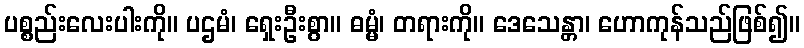
ပစ္စည်းလေးပါးကို။ ပဌမံ၊ ရှေးဦးစွာ။ ဓမ္မံ၊ တရားကို။ ဒေသေန္တာ၊ ဟောကုန်သည်ဖြစ်၍။